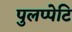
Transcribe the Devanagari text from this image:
पुलप्पेटि